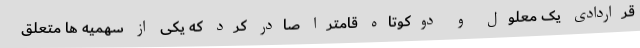
قراردادی یک معلول و دوکوتاه قامترا صادر کرد که یکی از سهمیه ها متعلق